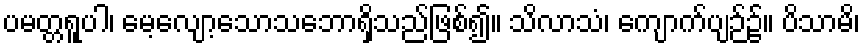
ပမတ္တရူပါ၊ မေ့လျော့သောသဘောရှိသည်ဖြစ်၍။ သိလာသံ၊ ကျောက်ပျဉ်၌။ ပိသာမိ၊